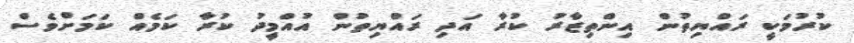
ކުރުމަކީ ރައްޔިތުން އިންތިޒާރު ކުރާ އަދި ރައްޔިތުން އުއްމީދު ކުރާ ކަމެއް ކަމަށްވެސް